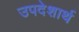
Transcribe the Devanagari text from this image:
उपदेशार्थ